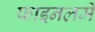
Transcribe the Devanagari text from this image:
फाइनलमें